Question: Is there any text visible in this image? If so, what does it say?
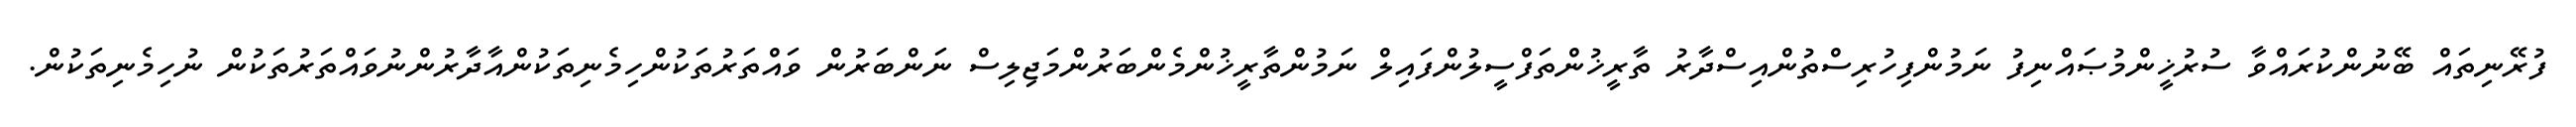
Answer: ފުރޭނިތައް ބޭނުންކުރައްވާ ސުރުޚީންމުޞައްނިފު ނަމުންފިހުރިސްތުންއިސްދާރު ތާރީޚުންތަފްސީލުންފައިލް ނަމުންތާރީޚުންމެންބަރުންމަޖިލިސް ނަންބަރުން ވައްތަރުތަކުންހިމެނިތަކުންއާދާރުންނުވައްތަރުތަކުން ނުހިމެނިތަކުން.